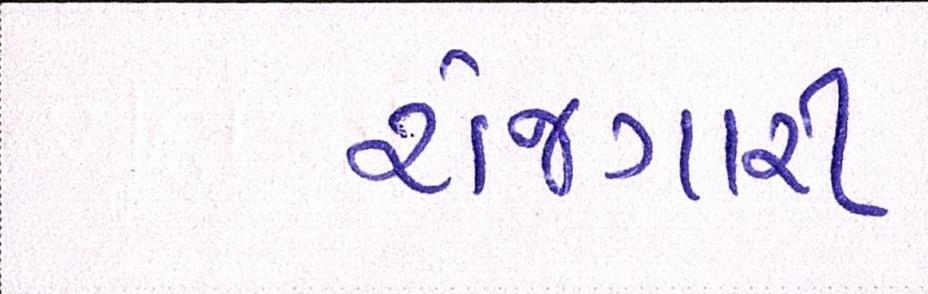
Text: રોજગારી